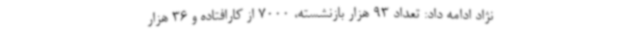
نژاد ادامه داد: تعداد 93 هزار بازنشسته، 7000 از کارافتاده و 36 هزار